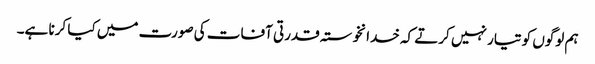
ہم لوگوں کو تیار نہیں کرتے کہ خدانخوستہ قدرتی آفات کی صورت میں کیا کرنا ہے۔